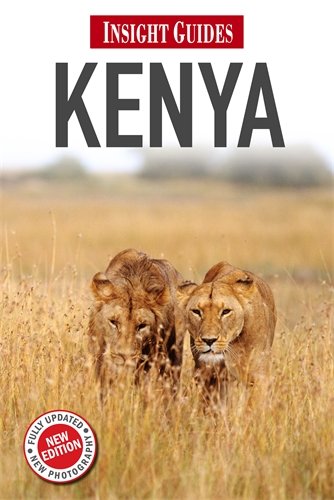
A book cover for Kenya (Insight Guides); Philip Briggs; Travel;